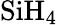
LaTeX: \mathrm{SiH_{4}}